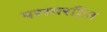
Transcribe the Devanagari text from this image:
परस्परहित